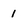
Character: 1